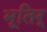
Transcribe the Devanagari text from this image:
भूतिर्